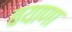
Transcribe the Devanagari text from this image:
बयाणा